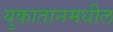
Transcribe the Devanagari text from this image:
युकातानमधील